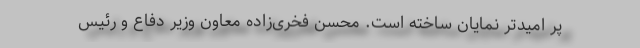
پر امیدتر نمایان ساخته است. محسن فخری‌زاده معاون وزیر دفاع و رئیس